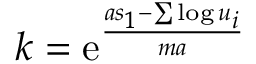
k = \mathrm { e } ^ { \frac { a s _ { 1 } - \sum \log u _ { i } } { m a } }